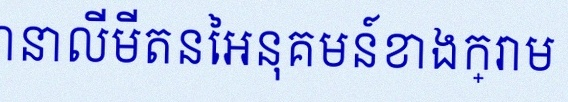
គណនាលីមីតនៃអនុគមន៍ខាងក្រោម